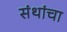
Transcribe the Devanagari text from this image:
संथांचा